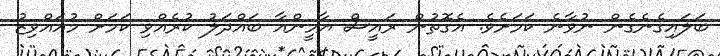
ބަލައިގެނެގެން ނުވާނެ ކަމަށެވެ. އެގޮތުން ރައީސް ޔާމީންއާ ބައްދަލު ކުރެއްވި ކަމަށް މުއައްވިޒު